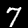
Digit: 7